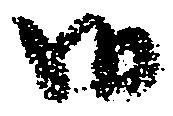
御